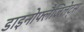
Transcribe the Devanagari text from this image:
डाइनोफ्लैजिलेट्स